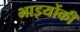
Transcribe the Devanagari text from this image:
भाइयोंकी